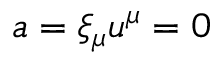
a = \xi _ { \mu } u ^ { \mu } = 0